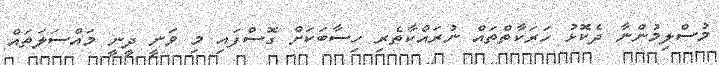
މުސްލިމުންނާ ދެކޮޅު ހަރަކާތްތައް ނުރައްކާތެރި ހިސާބަކަށް ގޮސްފައި މި ވަނީ ދީނީ މައްސަލަތައް